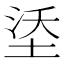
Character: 𪣡